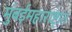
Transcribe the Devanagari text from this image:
मुंबईमहाराष्ट्रात